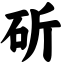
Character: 斫